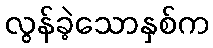
လွန်ခဲ့သောနှစ်က